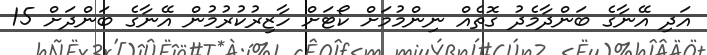
އަދި އޭނާގެ ބަންދާމެދު ގޮތެއް ނިންމުމަށް ކޯޓަށް ހާޒިރުކުރުމުން އޭނާގެ ބަންދަށް 15